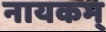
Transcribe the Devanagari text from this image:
नायकम्‌